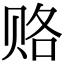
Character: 赂